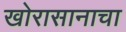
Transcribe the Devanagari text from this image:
खोरासानाचा